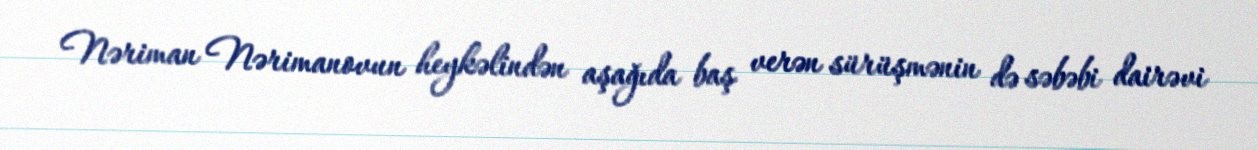
Nəriman Nərimanovun heykəlindən aşağıda baş verən sürüşmənin də səbəbi dairəvi